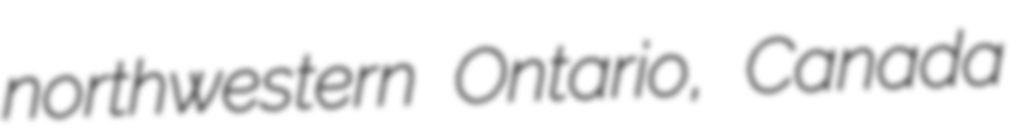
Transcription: northwestern Ontario, Canada